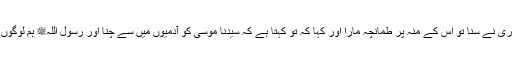
یہ لفظ ایک انصاری نے سنا تو اس کے منہ پر طمانچہ مارا اور کہا کہ تو کہتا ہے کہ سیدنا موسیٰؑ کو آدمیوں میں سے چنا اور رسول اللہﷺ ہم لوگوں میں موجود ہیں؟